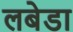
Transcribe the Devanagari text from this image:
लबेडा